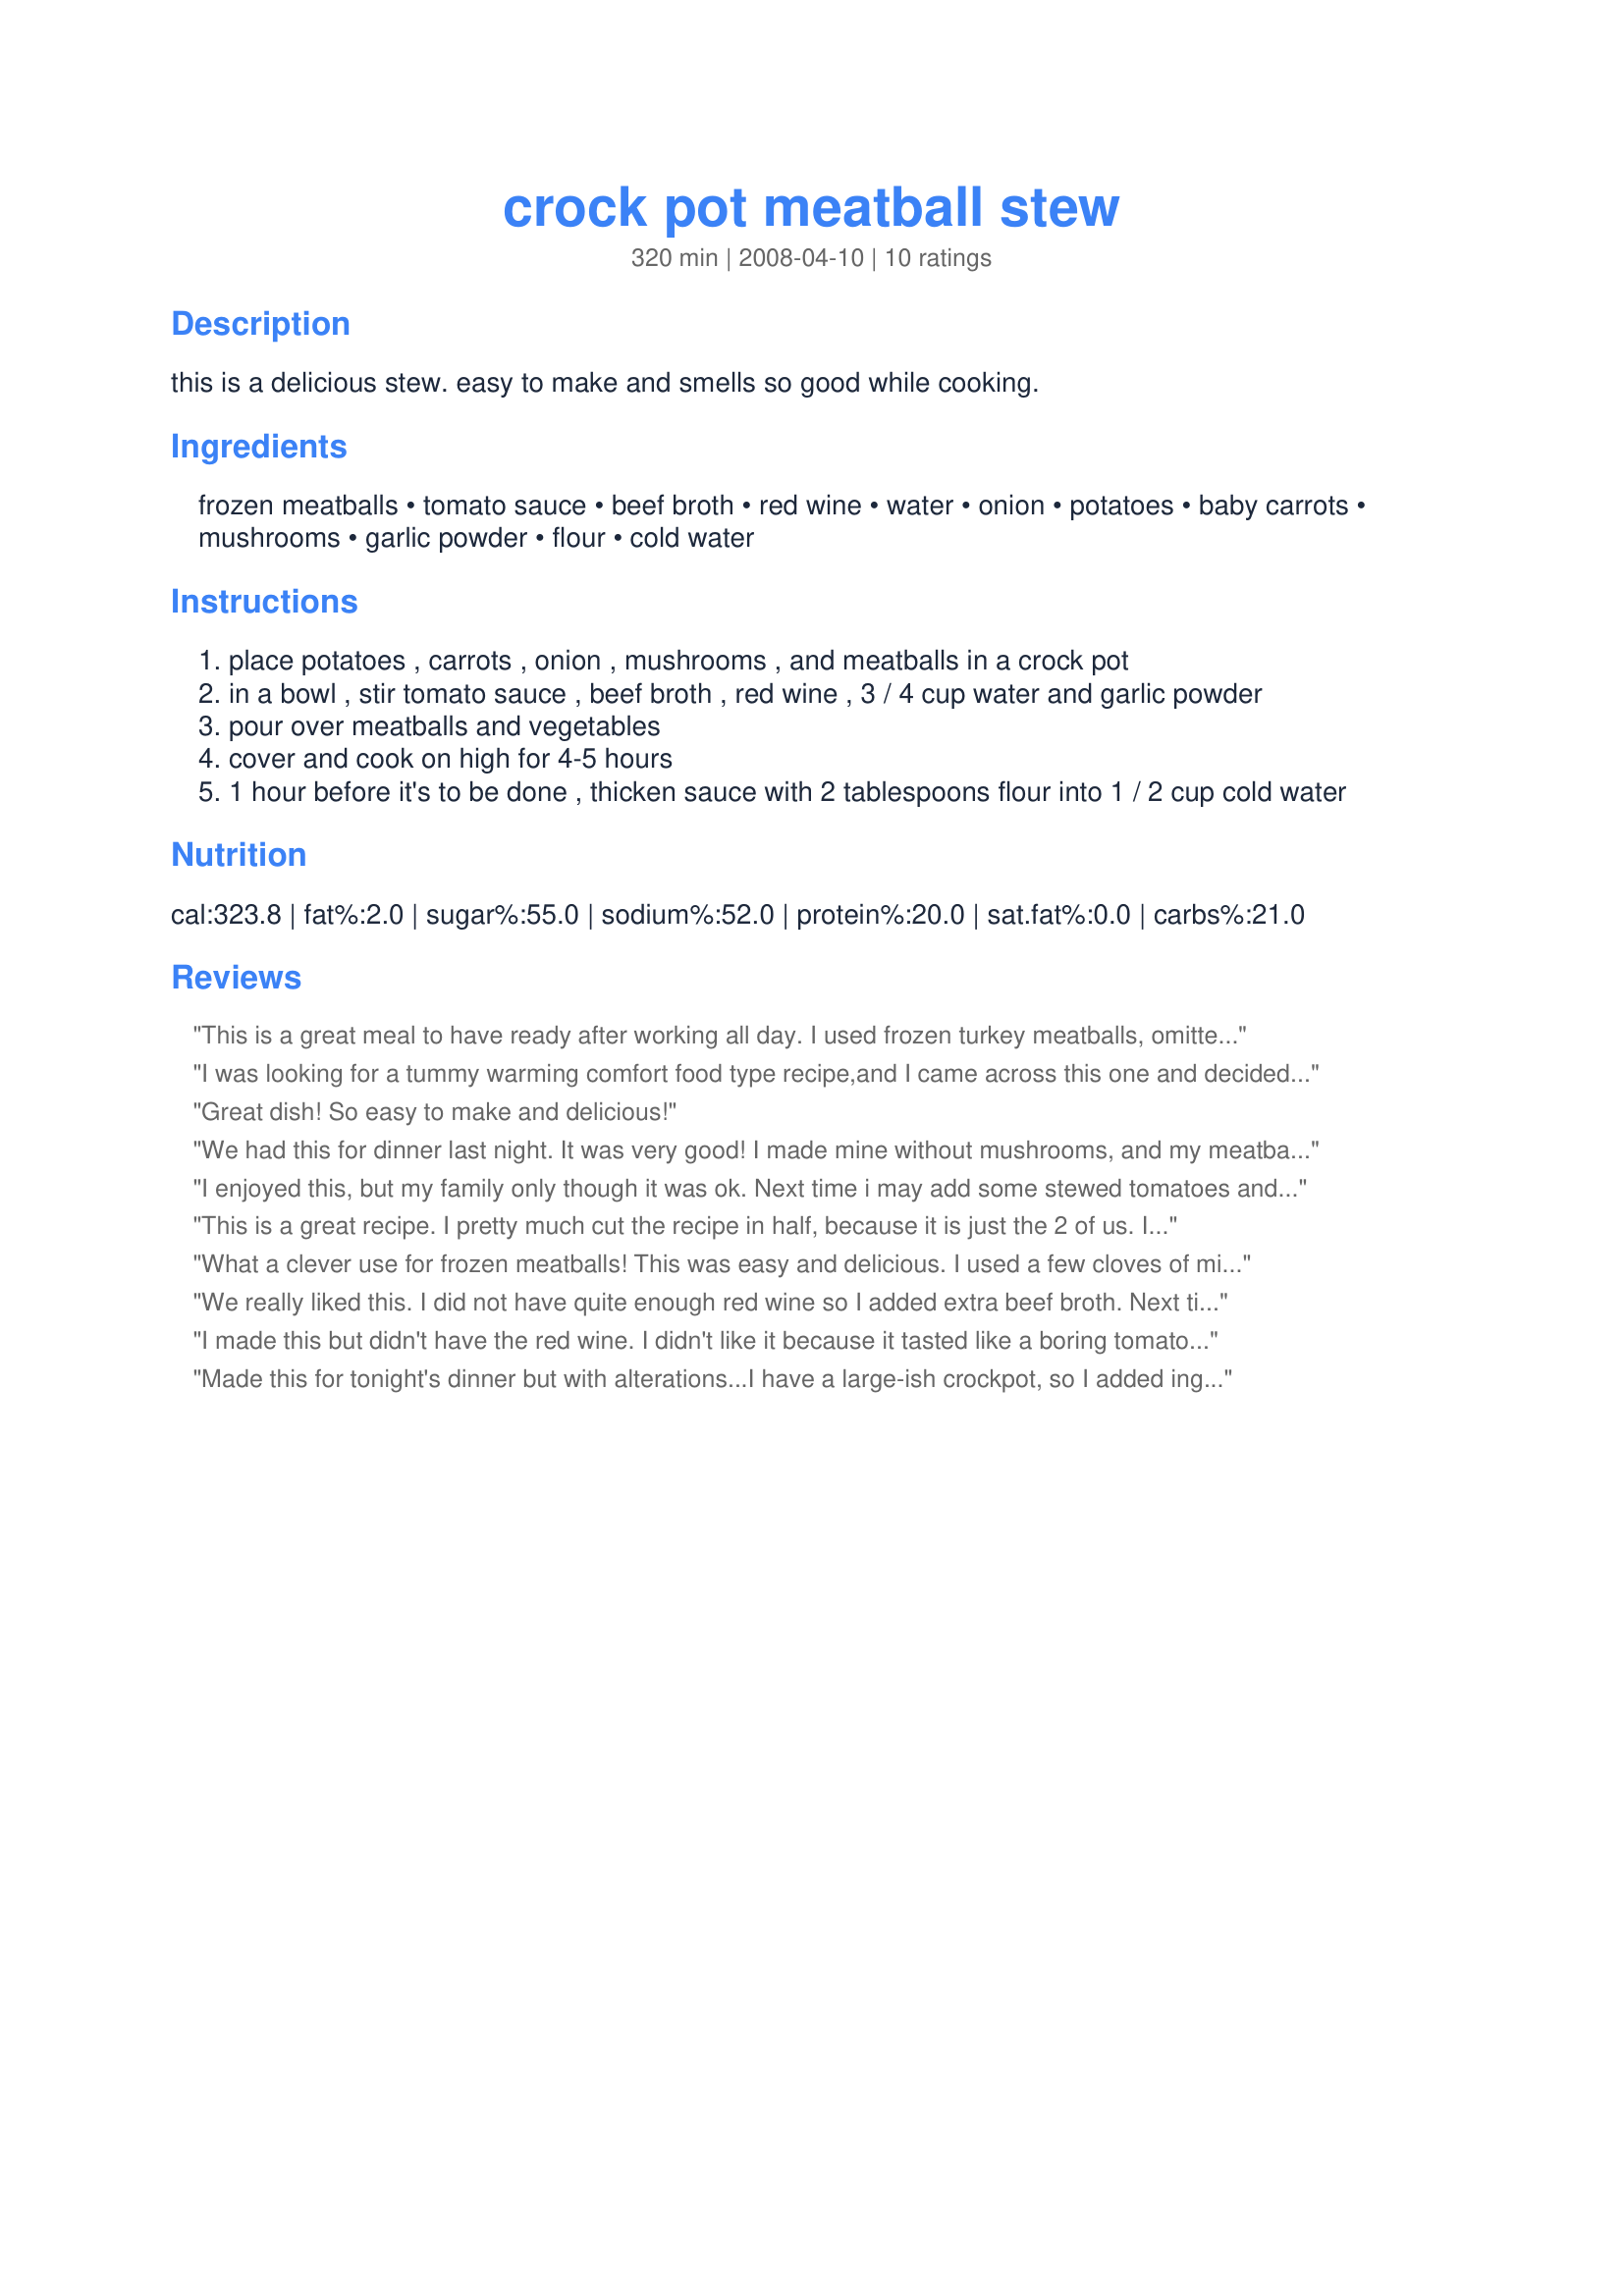
crock pot meatball stew
Preparation time: 320 minutes

this is a delicious stew. easy to make and smells so good while cooking.

Ingredients:
frozen meatballs, tomato sauce, beef broth, red wine, water, onion, potatoes, baby carrots, mushrooms, garlic powder, flour, cold water

Steps:
place potatoes , carrots , onion , mushrooms , and meatballs in a crock pot
in a bowl , stir tomato sauce , beef broth , red wine , 3 / 4 cup water and garlic powder
pour over meatballs and vegetables
cover and cook on high for 4-5 hours
1 hour before it's to be done , thicken sauce with 2 tablespoons flour into 1 / 2 cup cold water

Reviews:
This is a great meal to have ready after working all day. I used frozen turkey meatballs, omitted the red wine and used 2 large potatoes cut in chunks. The mushrooms were fresh and were sliced and added the last hour of cooking. The broth was plenty thick and there was no need to thicken. This was served with a green salad.
I was looking for a tummy warming comfort food type recipe,and I came across this one and decided to try it.I made this on 3/30/09 for mine and SO's dinner.Due to what was one hand, a few changes were made to the recipe. I didn't have any baby carrots,so regular carrots were cut up and used.Since I don't care for mushrooms,those were left out.Instead of using wine, the same amount of a beef broth/water mixture was used.I cooked this on low for about 6 hours, and after a couple of hours the smell was fantastic.The amount of the flour/water slurry was "right on the money "After tasting, we both decided that it could use a bit more garlic powder and maybe some oregano.But this will be made again. Thanks for posting and,"Keep Smiling :)"
Great dish! So easy to make and delicious!
We had this for dinner last night. It was very good! I made mine without mushrooms, and my meatballs were frozen. But after about 9 hours on low, the stew was just right. I laid a paper towel on top to remove the small amount of grease from the meatballs, and the broth from the stew was already thick enough to suit me, so I did not use the flour and water. Very nice taste to the whole thing and my family enjoyed it. We will have it again. Thanks!
I enjoyed this, but my family only though it was ok. Next time i may add some stewed tomatoes and a few more spices.
This is a great recipe. I pretty much cut the recipe in half, because it is just the 2 of us. I also was going to be gone all day, so I placed the crock pot on low and cooked for about 8 hours (small crockpot). It turned out perfect!!! Thanks for the great recipe.
What a clever use for frozen meatballs! This was easy and delicious. I used a few cloves of minced garlic instead of garlic powder and added a splash of worcestershire sauce. A note to Moms out there: I must add that this is a good stew for toddlers, since the meatballs are soft.... unlike how the beef cubes in beef stew came sometimes be too tough for tots to chew. Thanx for posting this. I'll make this again!
We really liked this. I did not have quite enough red wine so I added extra beef broth. Next time I will add a few more meatballs. I only had 16 ounces of meatballs and upped the potatoes and carrots. We ran out of meatballs(I even cut them in half).
I made this but didn't have the red wine. I didn't like it because it tasted like a boring tomato soup with vegies and meatballs and I guess I was expecting a stew flavor. Will not make again.
Made this for tonight's dinner but with alterations...I have a large-ish crockpot, so I added ingredients in larger amounts...Then I used homemade meatballs instead of frozen, undrained stewed tomatoes instead of tomato sauce, more beef broth instead of wine, 1 lb. polybag frozen mixed veg instead of just carrots & mushrooms and lastly, Mrs Dash 's Tomato Basil & Garlic blend for seasoning...Thanks for sharing this recipe!
